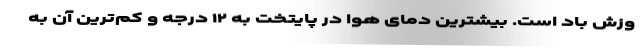
وزش باد است. بیشترین دمای هوا در پایتخت به ۱۲ درجه و کم‌ترین آن به